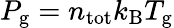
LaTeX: P_{\mathrm{g}}=n_{\mathrm{tot}}k_{\mathrm{B}}T_{\mathrm{g}}